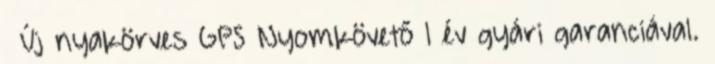
» Új nyakörves GPS Nyomkövető 1 év gyári garanciával.